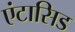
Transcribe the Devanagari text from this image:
एंटासिड